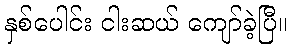
နှစ်ပေါင်း ငါးဆယ် ကျော်ခဲ့ပြီ။